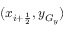
( x _ { i + \frac { 1 } { 2 } } , y _ { G _ { y } } )